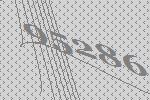
95286